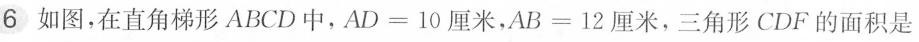
6如图，在直角梯形ABCD中，$$A D = 1 0$$厘米，$$A B = 1 2$$厘米，三角形CDF的面积是